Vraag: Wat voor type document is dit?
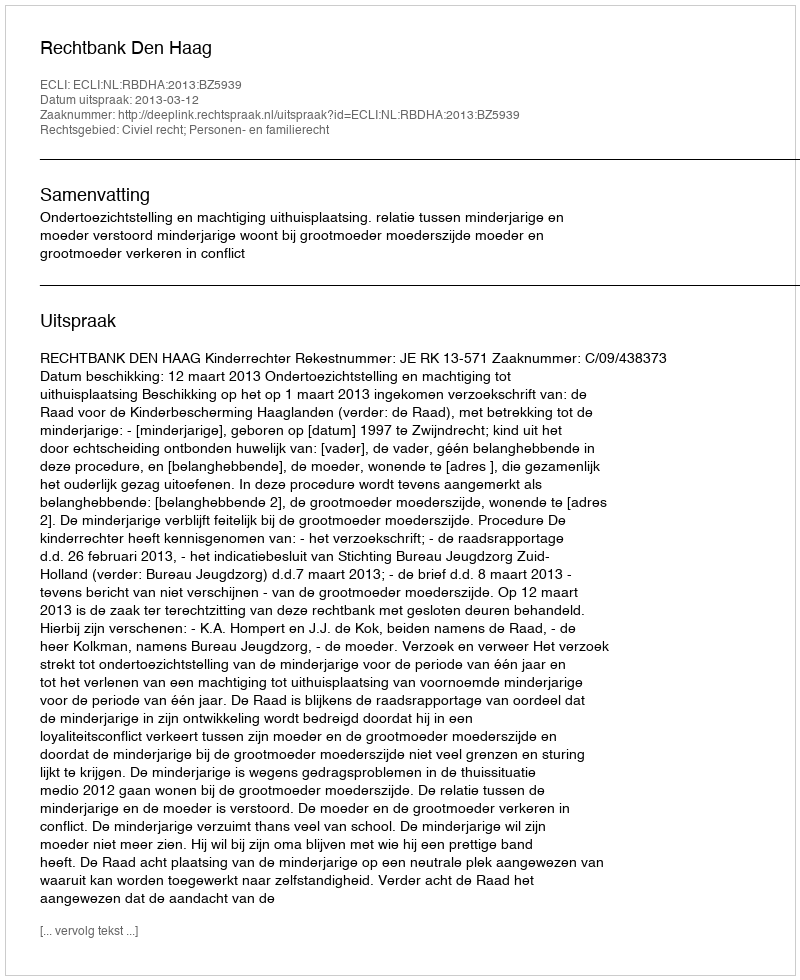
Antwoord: Uitspraak